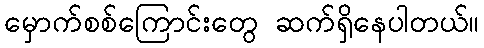
မှောက်စစ်ကြောင်းတွေ ဆက်ရှိနေပါတယ်။